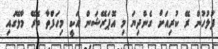
ފުލުހުން ރޭ ކުރިއަށް ގެންދިޔަ މި އޮޕަރޭޝަން އަކީ މިހަފްތާ ތެރޭ މާލޭގައި